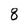
Character: 8